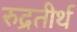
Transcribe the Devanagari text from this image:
रुद्रतीर्थ